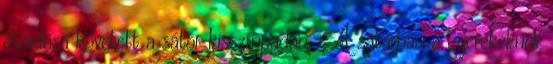
előadása követett a sátor kisszínpadán. A sátorban a gyerekeknek